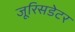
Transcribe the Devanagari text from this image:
जूरिसडेटर